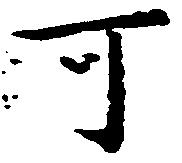
可